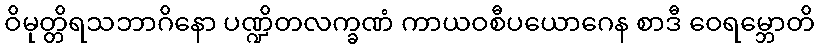
ဝိမုတ္တိရသဘာဂိနော ပဏ္ဍိတလက္ခဏံ ကာယဝစီပယောဂေန စာဒီ ဝေရမ္ဘောတိ